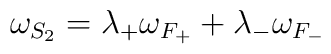
\omega_{S_2} = \lambda_+ \omega_{F_+} + \lambda_- \omega_{F_-}